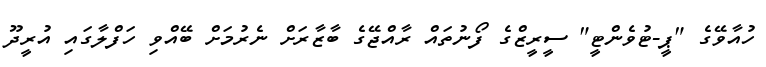
ހުއާވޭގެ "ޕީ-ޓުވެންޓީ" ސީރީޒްގެ ފޯނުތައް ރާއްޖޭގެ ބާޒާރަށް ނެރުމަށް ބޭއްވި ހަފްލާގައި އުރީދޫ